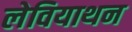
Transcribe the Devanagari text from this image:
लेवियाथन